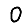
Digit: 0